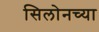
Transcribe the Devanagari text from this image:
सिलोनच्या